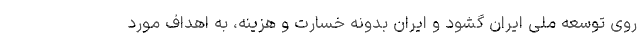
روی توسعه ملی ایران گشود و ایران بدونه خسارت و هزینه، به اهداف مورد